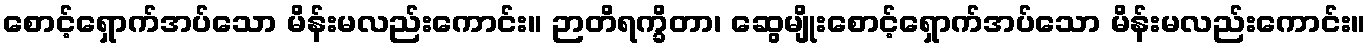
စောင့်ရှောက်အပ်သော မိန်းမလည်းကောင်း။ ဉာတိရက္ခိတာ၊ ဆွေမျိုးစောင့်ရှောက်အပ်သော မိန်းမလည်းကောင်း။